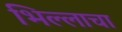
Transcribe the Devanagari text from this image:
भिल्लाचा